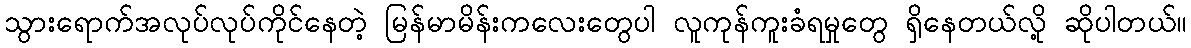
သွားရောက်အလုပ်လုပ်ကိုင်နေတဲ့ မြန်မာမိန်းကလေးတွေပါ လူကုန်ကူးခံရမှုတွေ ရှိနေတယ်လို့ ဆိုပါတယ်။